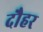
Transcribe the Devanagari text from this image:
दौहर